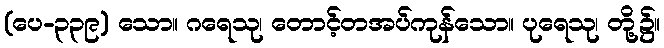
(ပေ-၃၃၉) သော။ ဂရေသု၊ တောင့်တအပ်ကုန်သော။ ပုရေသု၊ တို့၌။